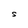
Character: S